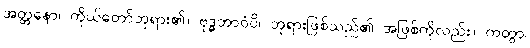
အတ္တနော၊ ကိုယ်တော်ဘုရား၏။ ဗုဒ္ဓဘာဝံပိ၊ ဘုရားဖြစ်သည်၏ အဖြစ်ကိုလည်း။ ကတွာ၊